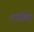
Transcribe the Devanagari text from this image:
टालिए